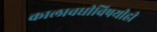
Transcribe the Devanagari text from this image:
कालावधीविषयीही